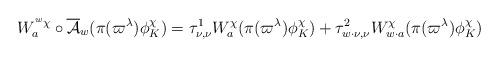
LaTeX: \begin{align*}W_{a}^{\prescript{w}{}{\chi}} \circ \overline{\mathcal{A}}_{w} (\pi(\varpi^{\lambda}) \phi_{K}^{\chi}) = \tau_{\nu, \nu}^1 W_{a}^{\chi}(\pi(\varpi^{\lambda}) \phi_{K}^{\chi}) + \tau_{w \cdot \nu, \nu}^2 W_{w \cdot a}^{\chi}(\pi(\varpi^{\lambda}) \phi_{K}^{\chi}) \end{align*}